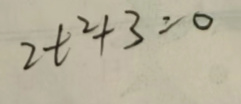
\[2t^{2}+3 = 0\]